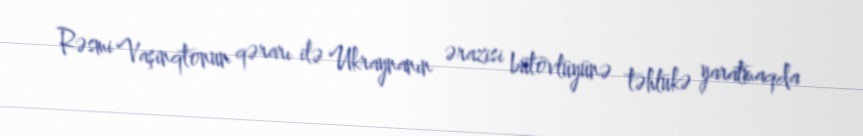
Rəsmi Vaşinqtonun qərarı ilə Ukraynanın ərazisi bütövlüyünə təhlükə yaratmaqda